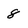
Character: 8